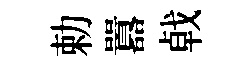
勅囂㦸